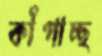
কাঁপাচ্ছ